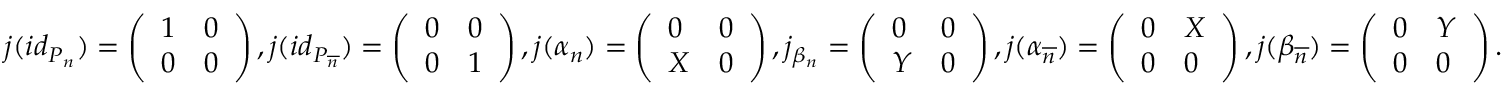
j ( i d _ { P _ { n } } ) = \left( \begin{array} { l l } { 1 } & { 0 } \\ { 0 } & { 0 } \end{array} \right) , j ( i d _ { P _ { \overline { { n } } } } ) = \left( \begin{array} { l l } { 0 } & { 0 } \\ { 0 } & { 1 } \end{array} \right) , j ( \alpha _ { n } ) = \left( \begin{array} { l l } { 0 } & { 0 } \\ { X } & { 0 } \end{array} \right) , j _ { \beta _ { n } } = \left( \begin{array} { l l } { 0 } & { 0 } \\ { Y } & { 0 } \end{array} \right) , j ( \alpha _ { \overline { { n } } } ) = \left( \begin{array} { l l } { 0 } & { X } \\ { 0 } & { 0 } \end{array} \right) , j ( \beta _ { \overline { { n } } } ) = \left( \begin{array} { l l } { 0 } & { Y } \\ { 0 } & { 0 } \end{array} \right) .